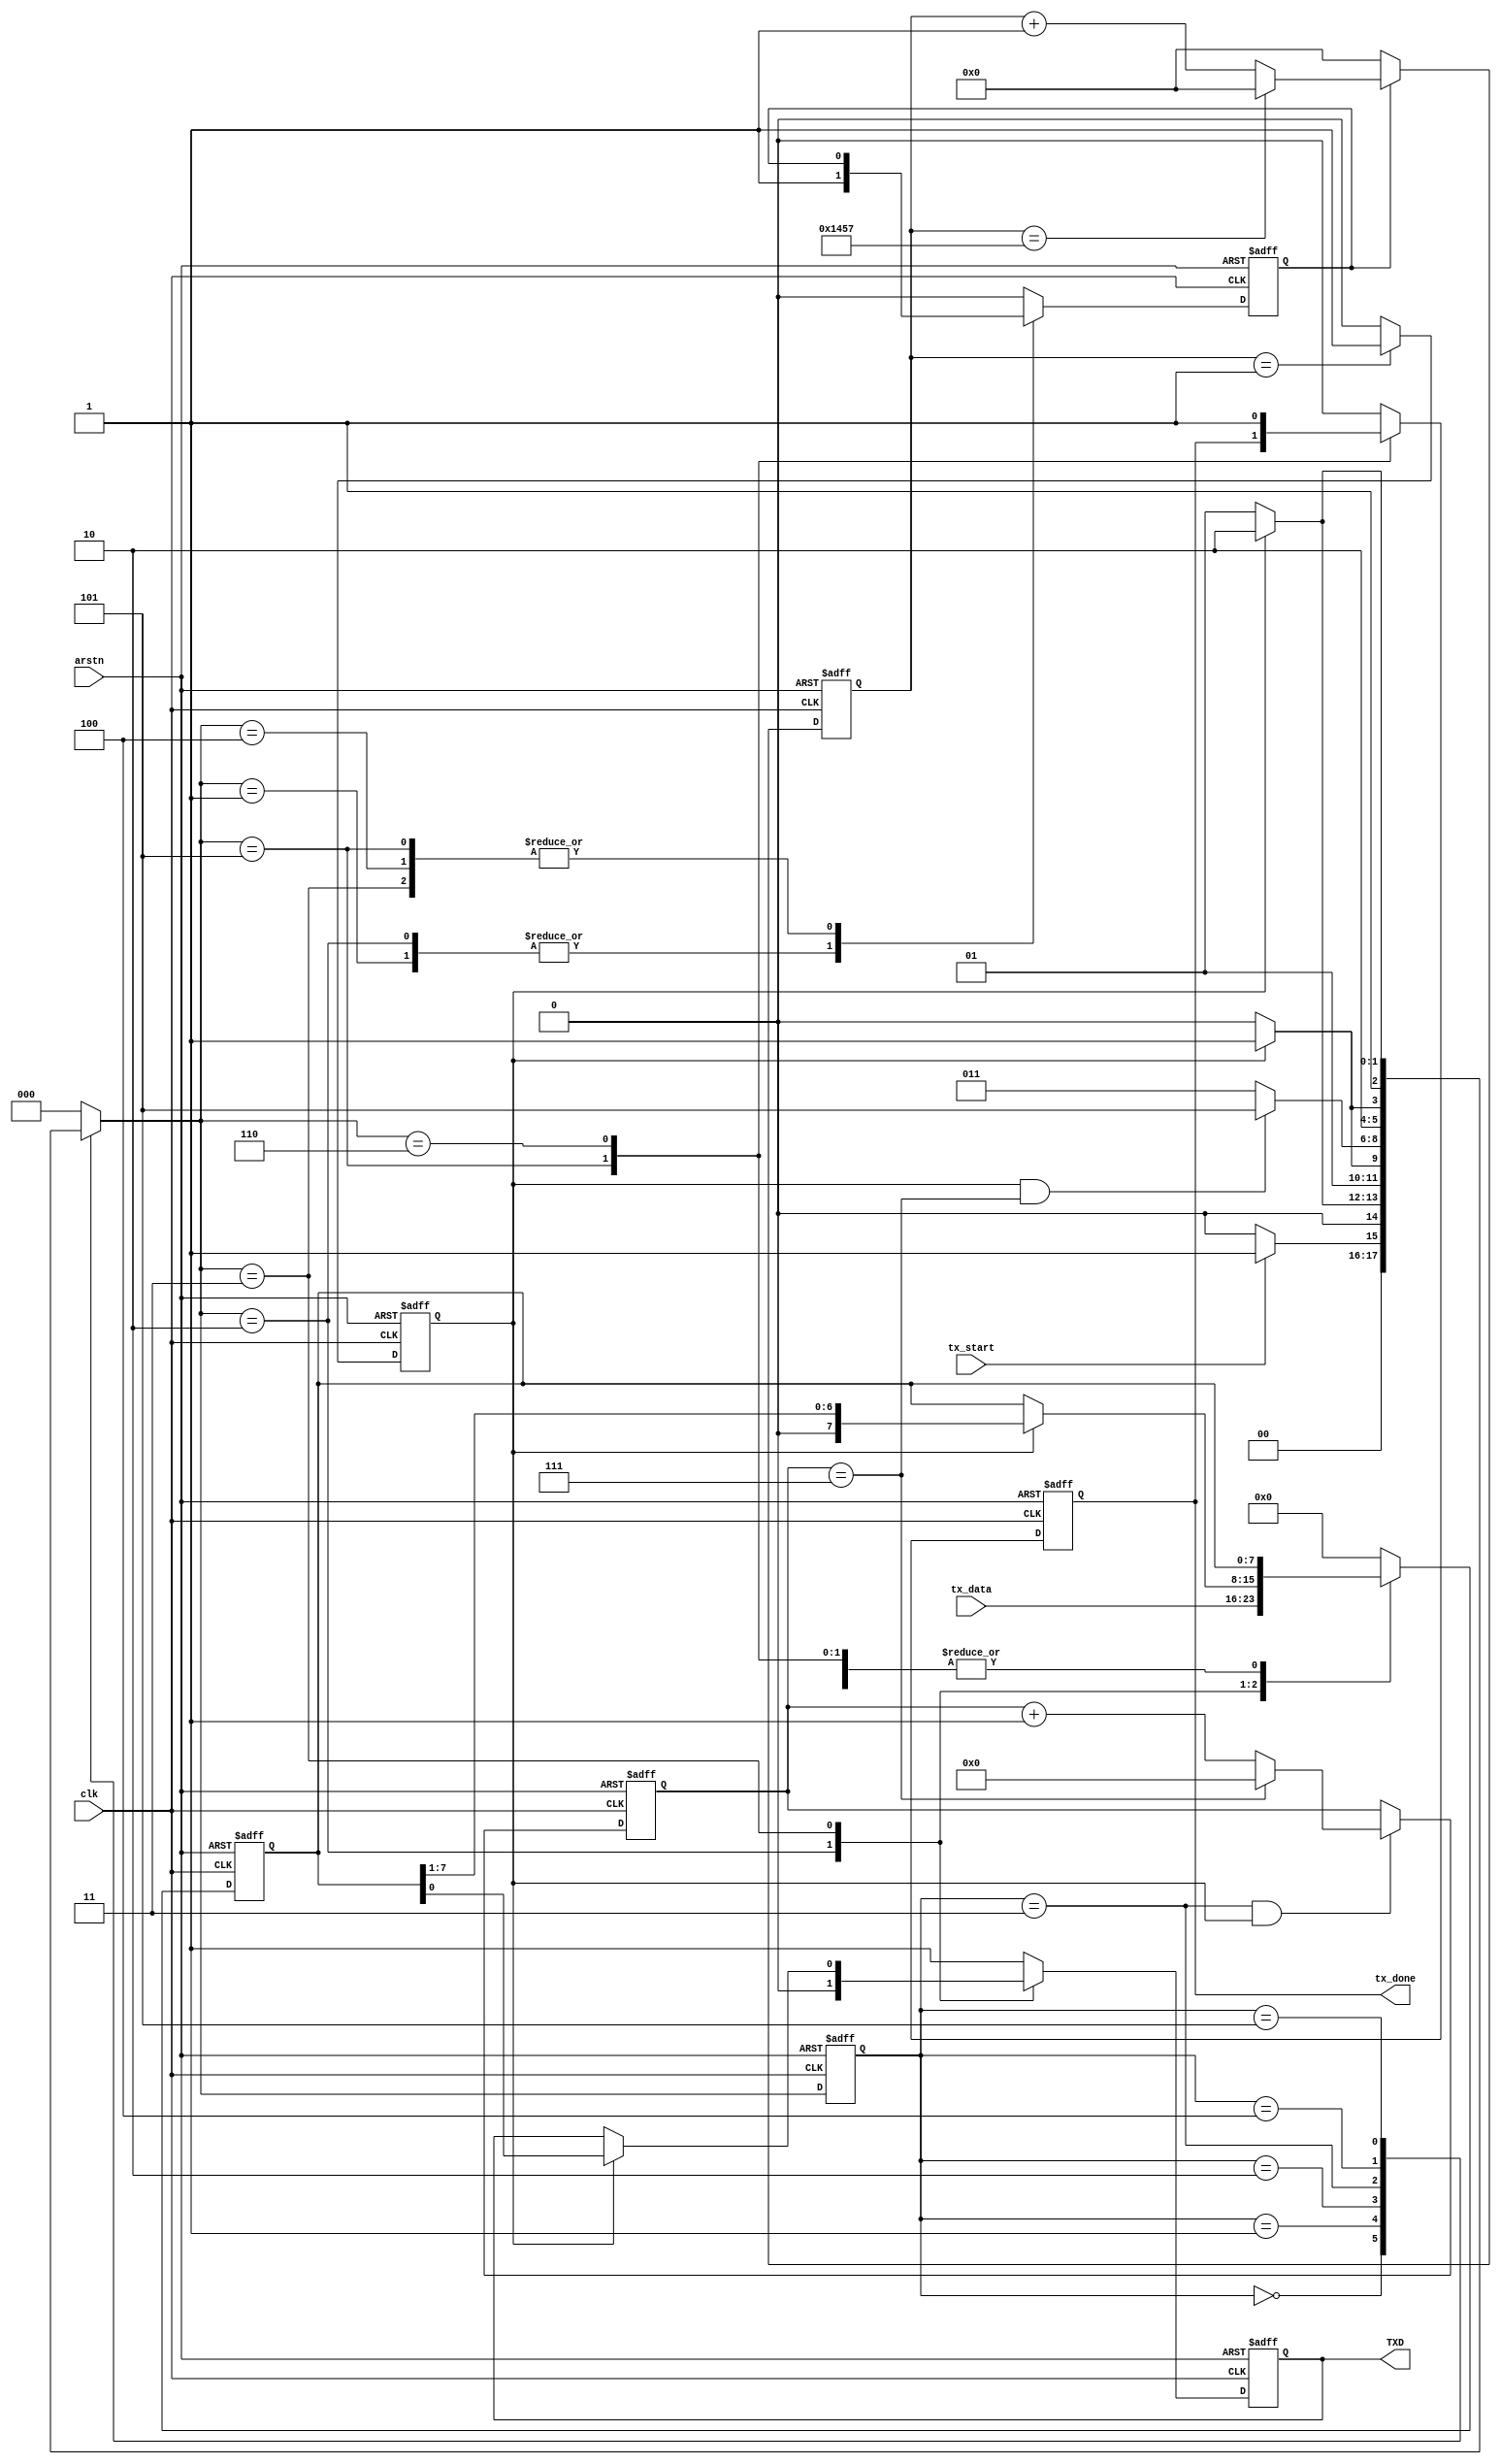
`timescale 1ns/1ps

module uart_tx
#(
	parameter	CLK_FREQ = 50_000_000,
				BAUD_RATE = 9600,
				PARITY = "NONE",
				DATA_WIDTH = 8
)
(
	input	clk, arstn,
	input	tx_start,
	output	reg	tx_done,
	input	[DATA_WIDTH-1:0]	tx_data,
	output	reg	TXD
);

localparam	FREQ_COUNT = CLK_FREQ / BAUD_RATE - 1,
			CLK_WIDTH = log2(FREQ_COUNT),
			SHIFT_WIDTH = log2(DATA_WIDTH);
reg	[CLK_WIDTH-1:0]	clk_count;
reg	clk_count_en;
reg	[SHIFT_WIDTH-1:0]	bit_count;
reg	[DATA_WIDTH-1:0]	data_reg;
reg	shift_en;
reg	even_parity;

// clk_count
always@(posedge clk or negedge arstn) begin
	if(~arstn)
		clk_count <= 'd0;
	else begin
		if(clk_count_en) begin
			if(clk_count == FREQ_COUNT)
				clk_count <= 'd0;
			else
				clk_count <= clk_count + 1'b1;
		end
		else begin
			clk_count <= 'd0;
		end
	end
end

// shift_en
always@(posedge clk or negedge arstn) begin
	if(~arstn)
		shift_en <= 1'b0;
	else if(clk_count == 'd1)
		shift_en <= 1'b1;
	else
		shift_en <= 1'b0;
end

// FSM
localparam	IDLE = 3'd0, READY = 3'd1, START = 3'd2, SHIFT = 3'd3, PARI = 3'd4, STOP = 3'd5, DONE = 3'd6;
reg	[2:0]	current_state, next_state;

// bit_count
always@(posedge clk or negedge arstn) begin
	if(~arstn)
		bit_count <= 'd0;
	else if(current_state == SHIFT && shift_en) begin
		if(bit_count == DATA_WIDTH-1)
			bit_count <= 'd0;
		else
			bit_count <= bit_count + 1'b1;
	end
end

// FSM combinational
always@(*) begin
	case(current_state)
		IDLE:	next_state = tx_start ? READY : IDLE;
		READY:	next_state = shift_en ? START : READY;
		START:	next_state = shift_en ? SHIFT : START;
		SHIFT:	next_state = (shift_en && bit_count == DATA_WIDTH-1) ? ( (PARITY != "NONE") ? PARI : STOP ) : SHIFT;
		PARI:	next_state = shift_en ? STOP : PARI;
		STOP:	next_state = shift_en ? DONE : STOP;
		DONE:	next_state = IDLE;
		default:	next_state = IDLE;
	endcase
end

// FSM sequential
always@(posedge clk or negedge arstn) begin
	if(~arstn)
		current_state <= IDLE;
	else
		current_state <= next_state;
end

// FSM output to ctrl signals
always@(posedge clk or negedge arstn) begin
	if(~arstn) begin
		TXD <= 1'b1;
		data_reg <= 'd0;
		tx_done <= 1'b0;
		clk_count_en <= 1'b0;
		even_parity <= 1'b0;
	end
	else begin
		case(next_state)
			IDLE:	begin
				TXD <= 1'b1;
				data_reg <= 'd0;
				tx_done <= 1'b0;
				clk_count_en <= 1'b0;
			end
			READY:	begin
				TXD <= 1'b1;
				data_reg <= 'd0;
				tx_done <= 1'b0;
				clk_count_en <= 1'b1;
			end
			START:	begin
				TXD <= 1'b0;
				data_reg <= tx_data;
				tx_done <= 1'b0;
				clk_count_en <= 1'b1;
				even_parity <= ^tx_data;
			end
			SHIFT:	begin
				tx_done <= 1'b0;
				if(shift_en) begin
					data_reg <= {1'b0, data_reg[DATA_WIDTH-1:1]};
					TXD <= data_reg[0];
				end
			end
			PARI:	begin
				tx_done <= 1'b0;
				if(PARITY == "NONE")	TXD <= 1'b1;
				else if(PARITY == "ODD")	TXD <= ~even_parity;
				else if(PARITY == "EVEN")	TXD <= even_parity;
				else	TXD <= 1'b1;
			end
			STOP:	begin
				TXD <= 1'b1;
			end
			DONE:	begin
				TXD <= 1'b1;
				tx_done <= 1'b1;
				clk_count_en <= 1'b0;
			end
			default:	begin
				TXD <= 1'b1;
				data_reg <= 'd0;
				tx_done <= 1'b0;
				clk_count_en <= 1'b0;
				even_parity <= 1'b0;
			end
		endcase
	end
end

function integer log2(input integer v);
	begin
		log2=0;
		while(v>>log2) 
			log2=log2+1;
	end
endfunction

endmodule